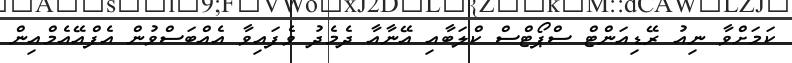
ކަމަށްވާ ނިއު ރޭޑިއަންޓް ސްޕޯޓްސް ކްލަބާއި އޭނާއާ ދެމެދު ވެފައިވާ އެއްބަސްވުން އެފްއޭއެމްއިން